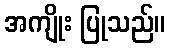
အကျိုး ပြုသည်။